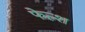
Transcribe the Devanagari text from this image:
फेल्श